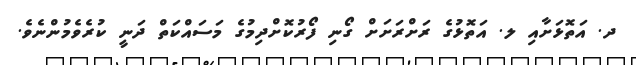
ދ. އަތޮޅަށާއި ލ. އަތޮޅުގެ ރަށްރަށަށް ގޯނި ފޯރުކޮށްދިމުގެ މަސައްކަތް ދަނީ ކުރެވެމުންނެވެ.